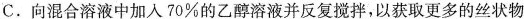
C.向混合溶液中加入70\%的乙醇溶液并反复搅拌，以获取更多的丝状物